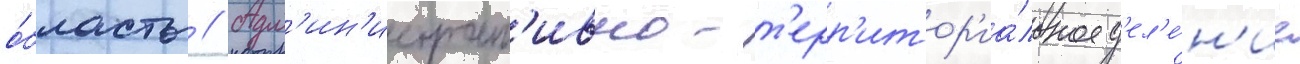
о́бласть // Адм'ин'истрат'ивно-т'ерр'итор'иа́льное д'ел'е́н'ие